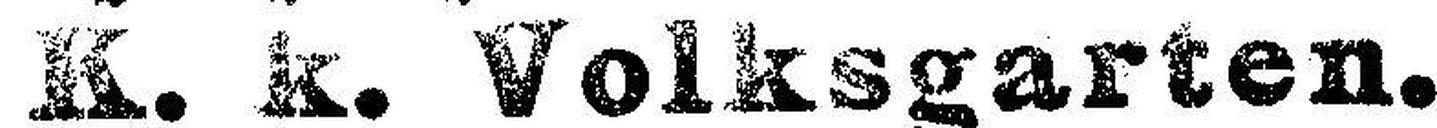
K. k. Volksgarten.